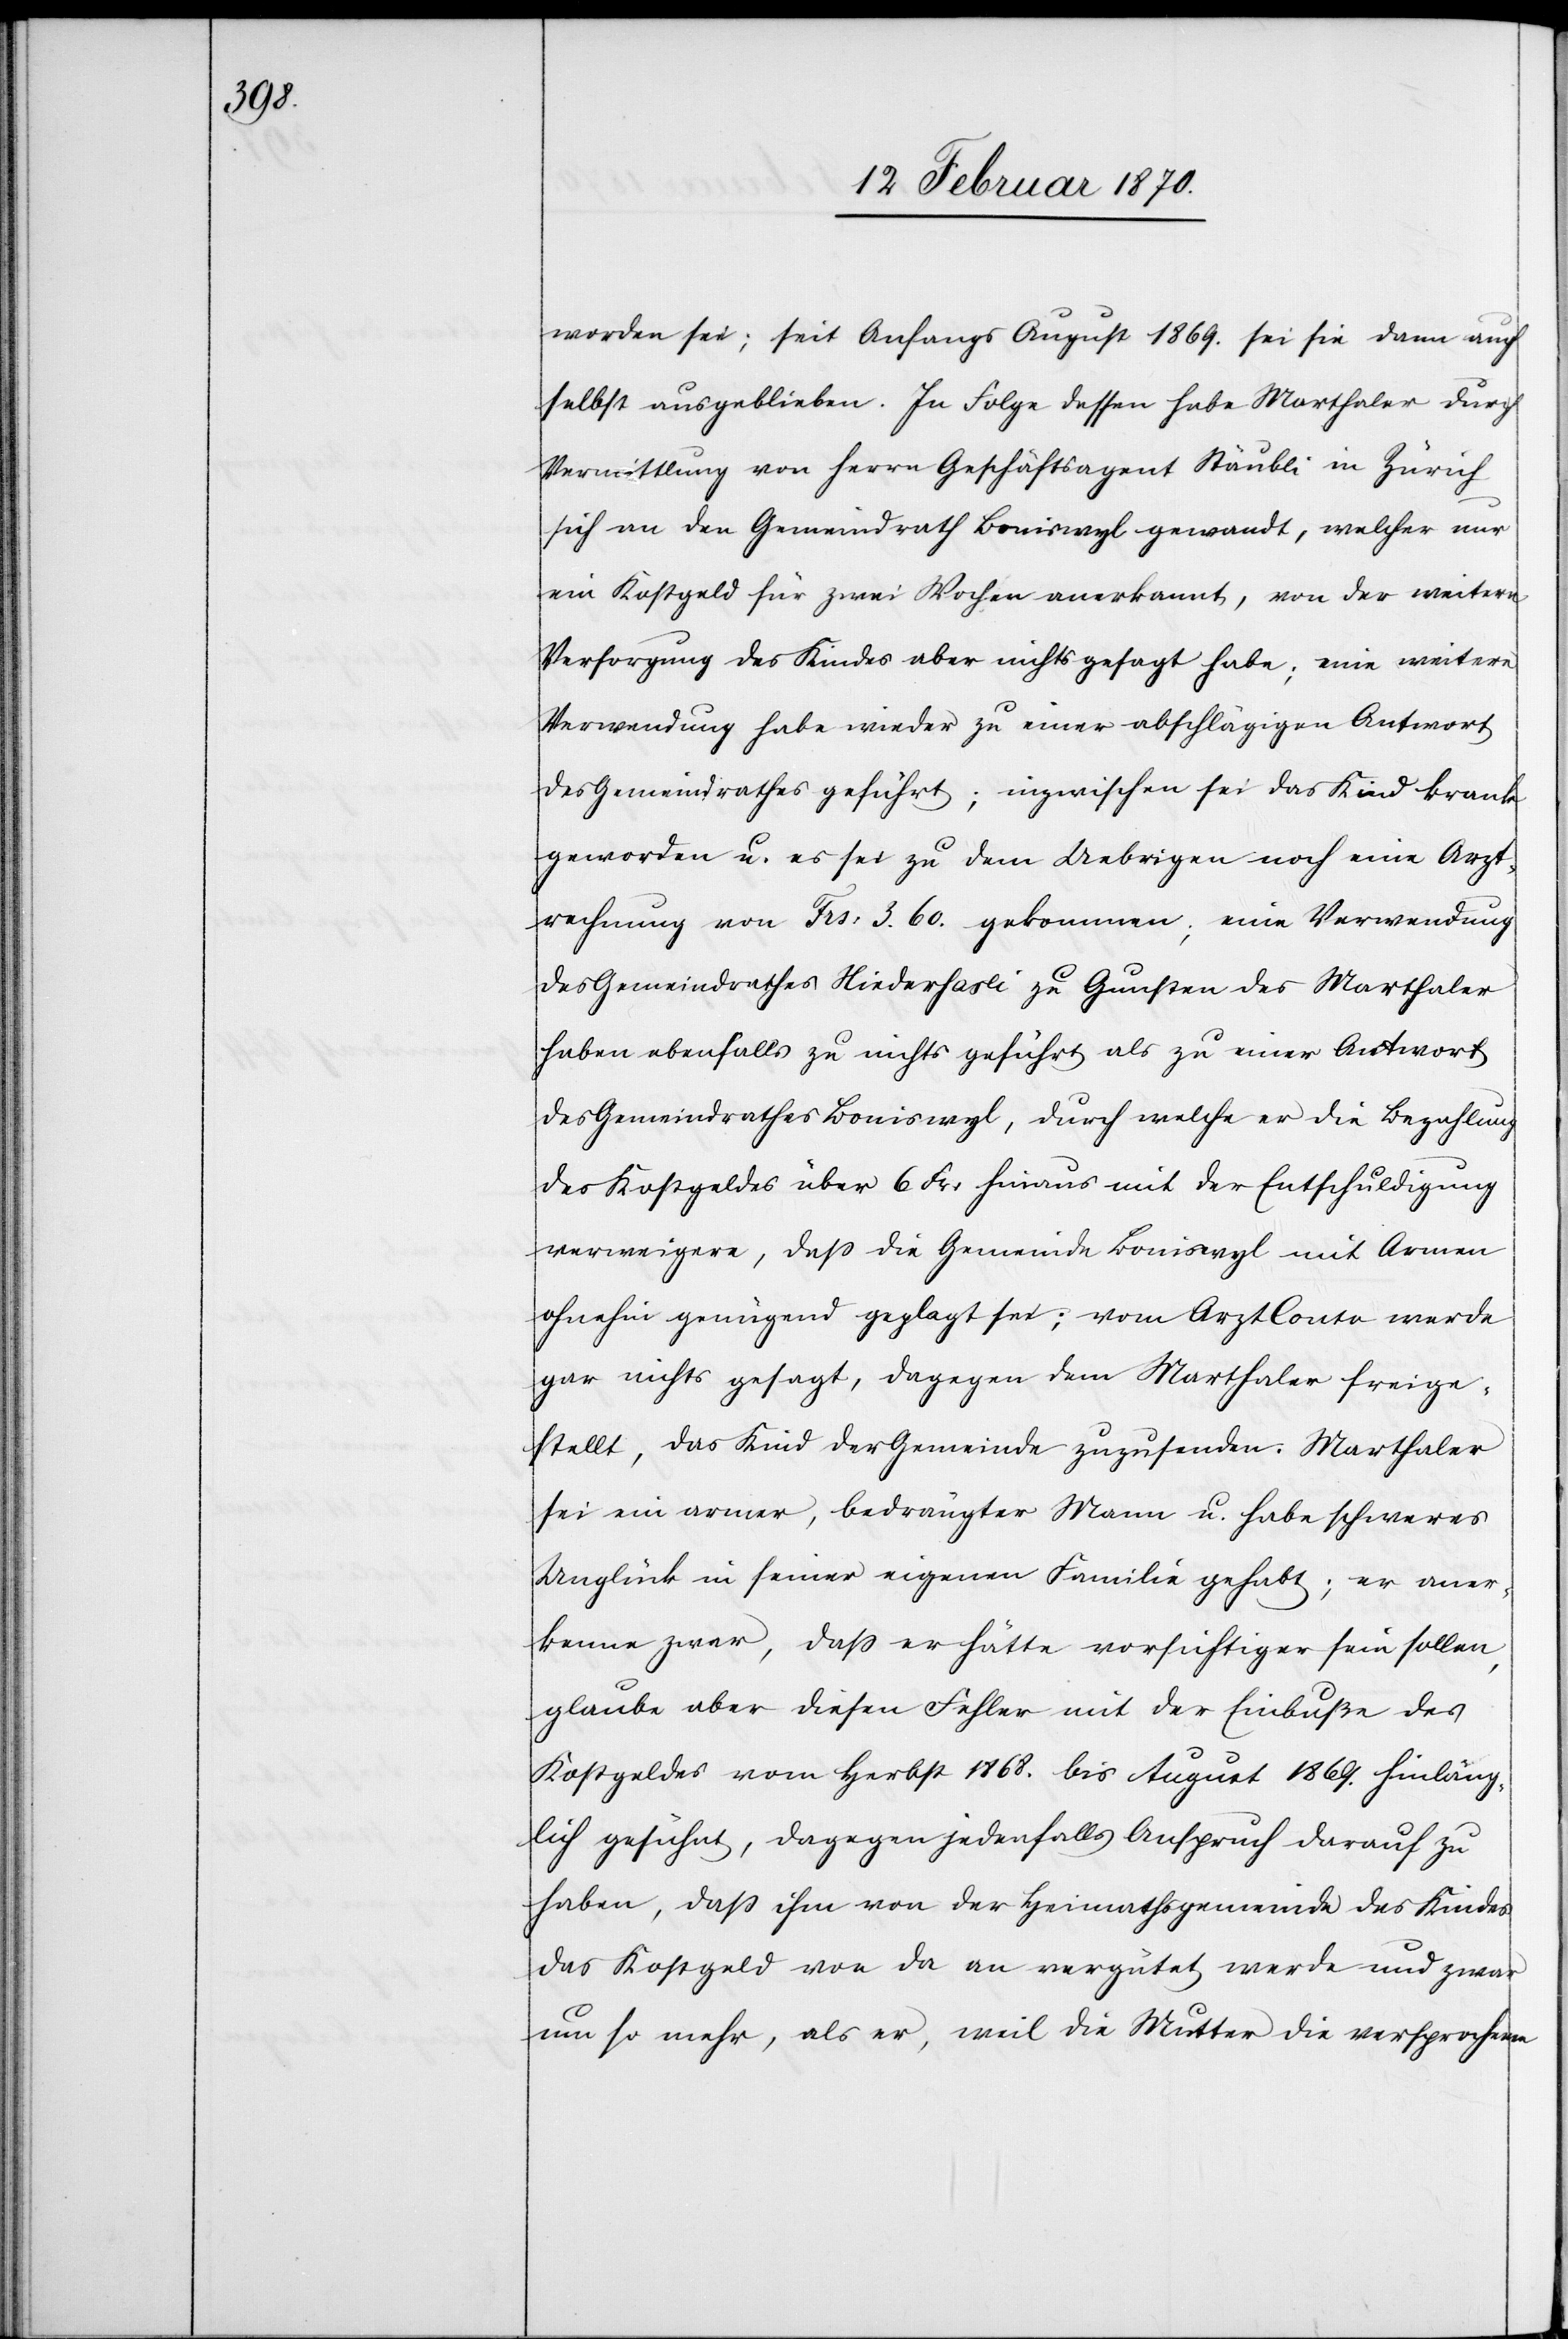
worden sei; seit Anfangs August 1869. sei sie dann auch
selbst ausgeblieben. In Folge dessen habe Marthaler durch
Vermittlung von Herrn Geschäftsagent Stäubli in Zürich
sich an den Gemeindrath Boniswyl gewandt, welcher nur
ein Kostgeld für zwei Wochen anerkannt, von der weitern
Versorgung des Kindes aber nichts gesagt habe; eine weitere
Verwendung habe wieder zu einer abschlägigen Antwort
des Gemeindrathes geführt; inzwischen sei das Kind krank
geworden u. es sei zu dem Uebrigen noch eine Arzt¬
rechnung von Frs: 3.60. gekommen; eine Verwendung
des Gemeindrathes Niederhasli zu Gunsten der Marthaler
haben ebenfalls zu nichts geführt als zu einer Antwort
des Gemeindrathes Boniswyl, durch welche er die Bezahlung
des Kostgeldes über 6. Fr: hinaus mit der Entschuldigung
verweigere, dass die Gemeinde Boniswyl mit Armen
ohnehin genügend geplagt sei; vom Arzt[-]Conto werde
gar nichts gesagt, dagegen dem Marthaler freige¬
stellt, das Kind der Gemeinde zuzusenden. Marthaler
sei ein armer, bedrängter Mann u. habe schweres
Unglück in seiner eigenen Familie gehabt; er aner¬
kenne zwar, dass er hätte vorsichtiger sein sollen,
glaube aber diesen Fehler mit der Einbuße des
Kostgeldes vom Herbst 1868. bis August 1869. hinläng¬
lich gesühnt, dagegen jedenfalls Anspruch darauf zu
haben, daß ihm von der Heimathsgemeinde des Kindes
das Kostgeld von da an vergütet werde und zwar
nun so mehr, als er, weil die Mutter die versprochenen